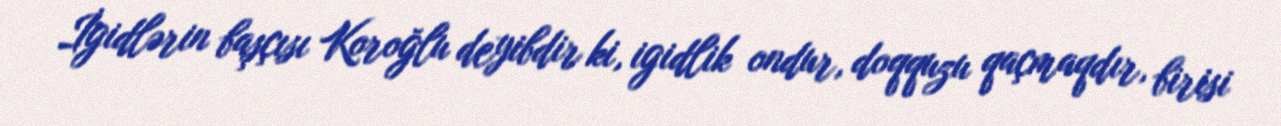
İgidlərin başçısı Koroğlu deyibdir ki, igidlik ondur, doqquzu qaçmaqdır, birisi